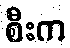
စီးက